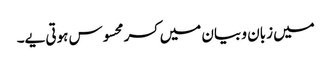
میں زبان و بیان میں کسر محسوس ہوتی یے۔